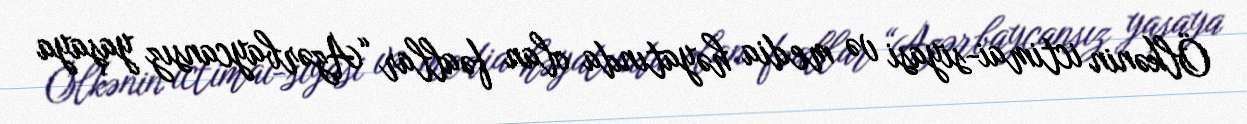
Ölkənin ictimai-siyasi və media həyatında olan fəallar “Azərbaycansız yaşaya